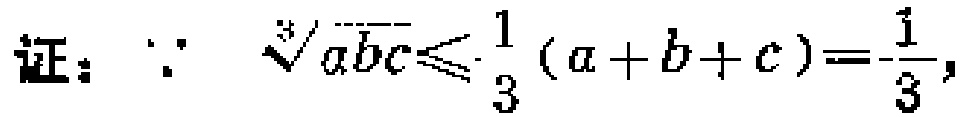
证：$\because\sqrt[3]{abc}\leqslant\frac{1}{3}(a + b + c)=\frac{1}{3},$